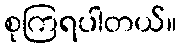
စုကြရပါတယ်။